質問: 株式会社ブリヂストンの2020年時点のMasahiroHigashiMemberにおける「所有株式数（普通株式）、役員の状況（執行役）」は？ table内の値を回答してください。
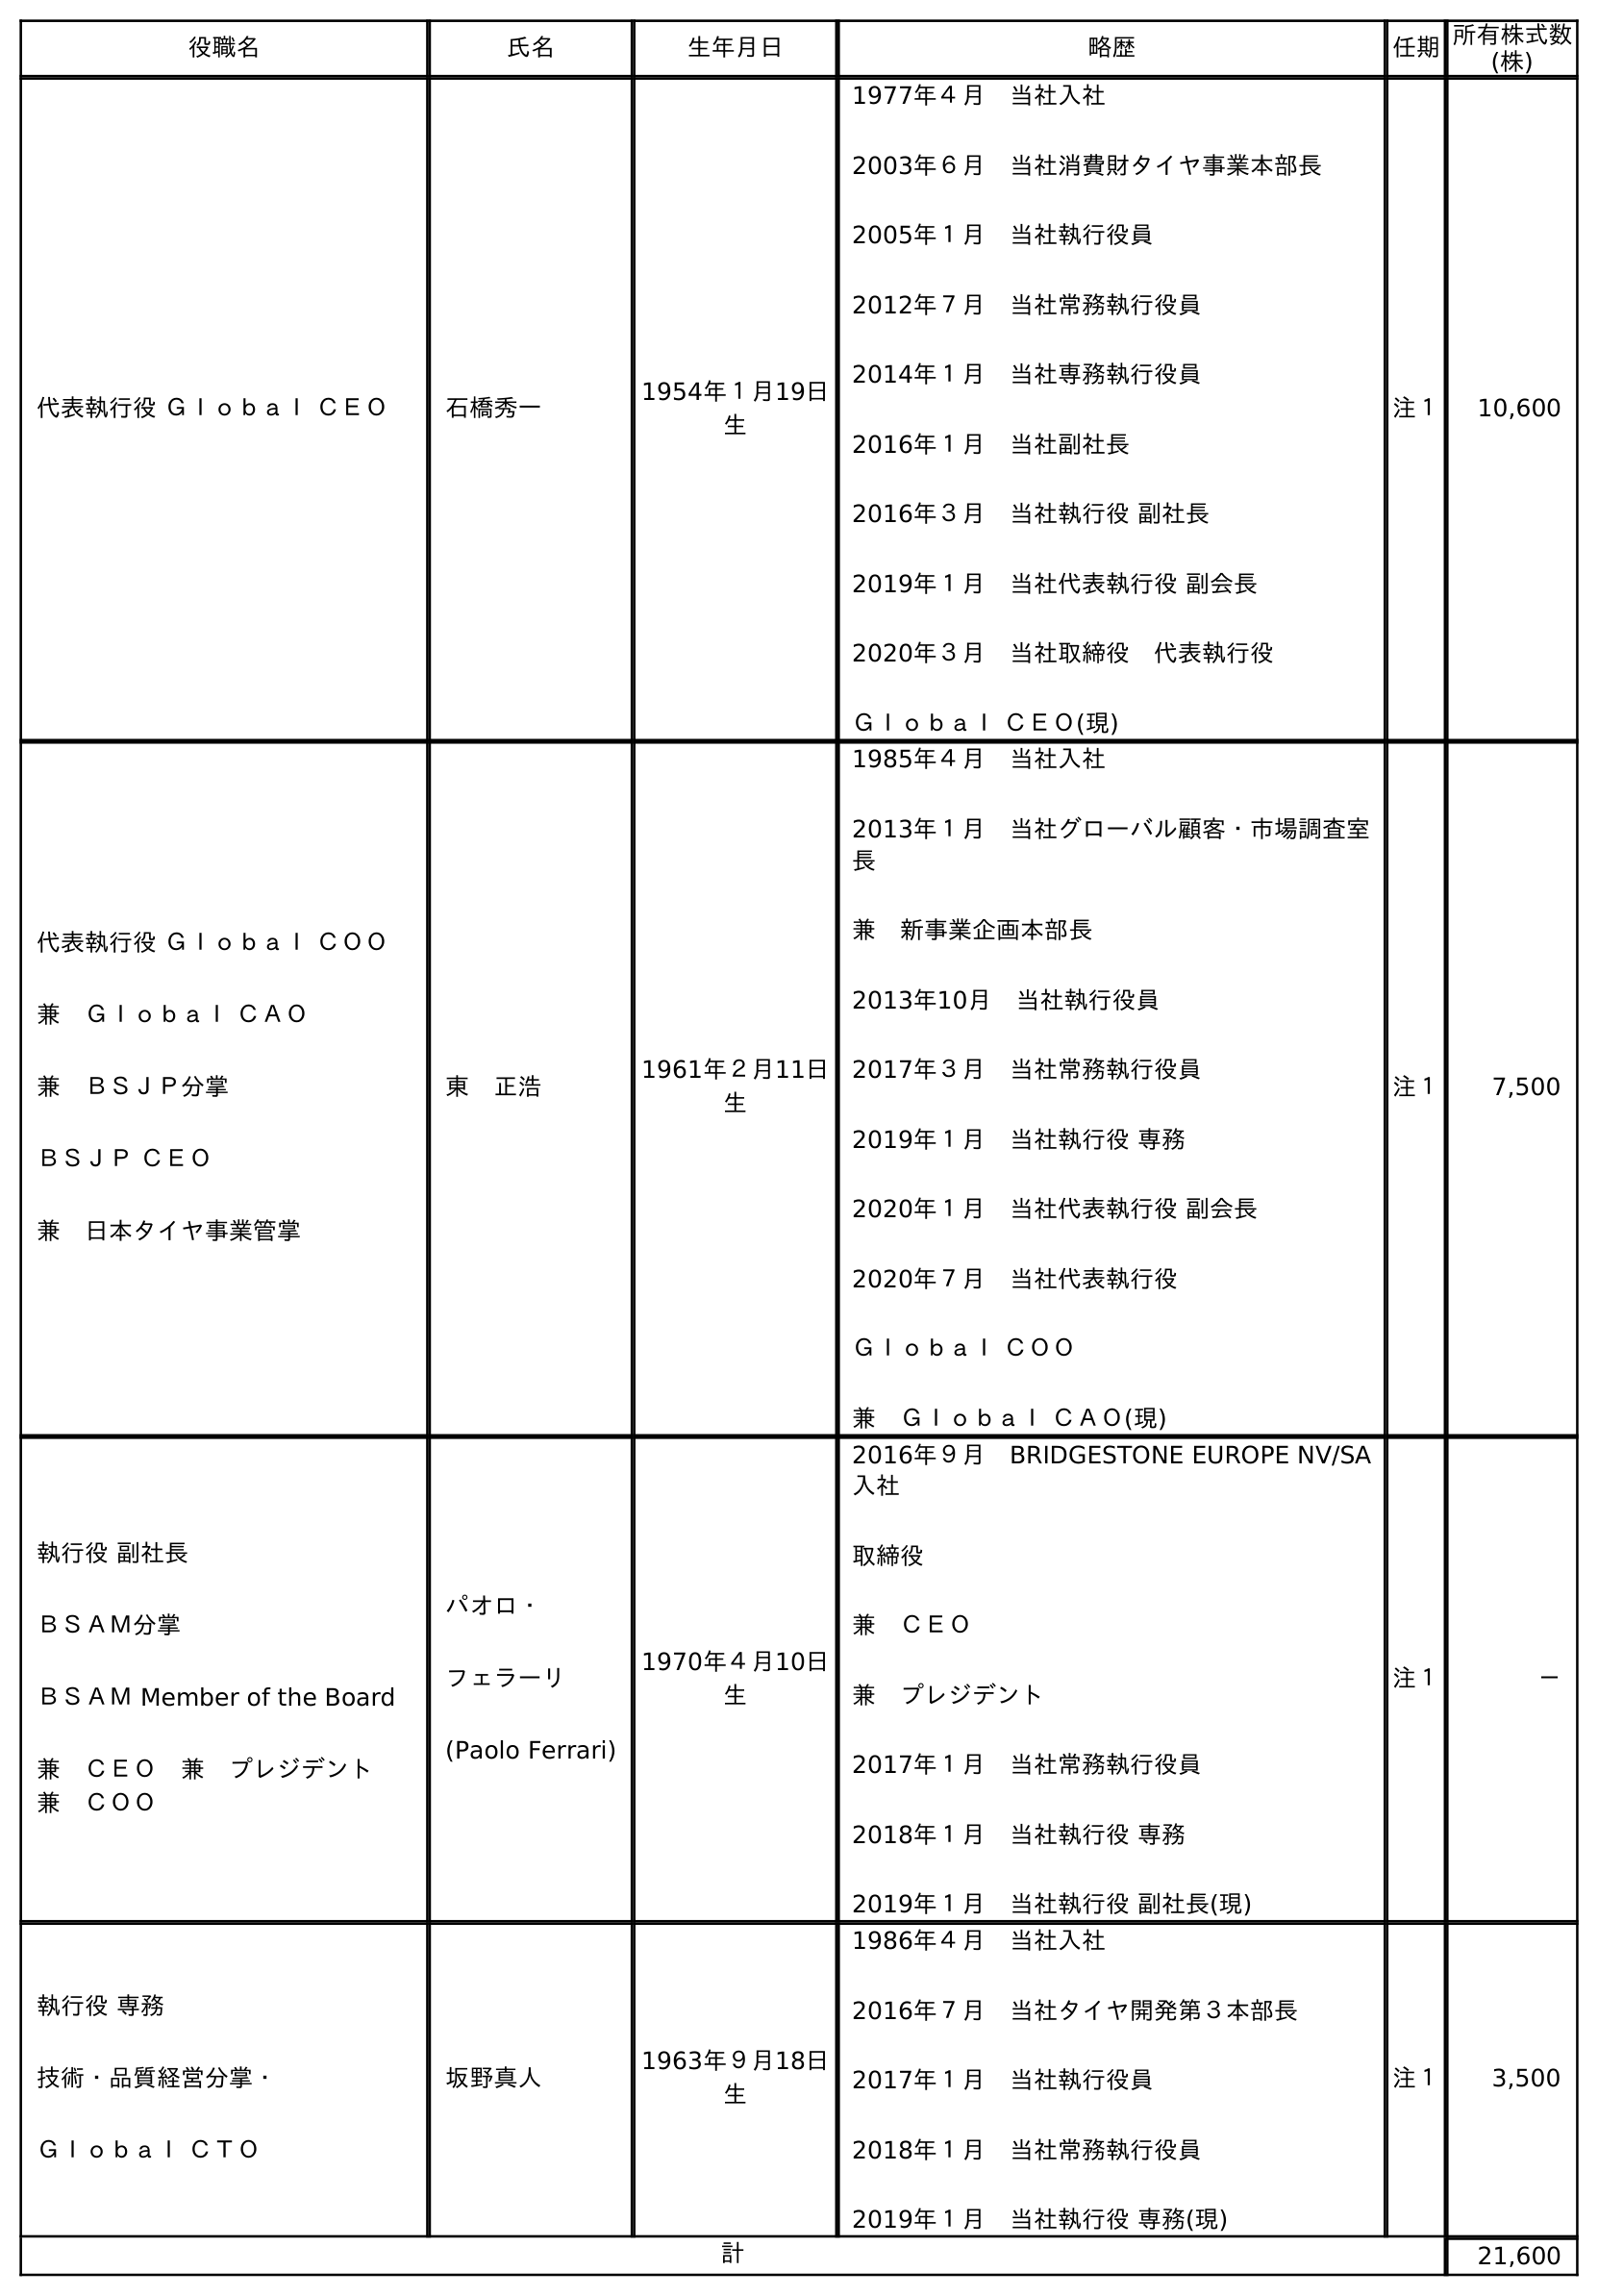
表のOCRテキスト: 役職名 氏名 生年月日 略歴 任期所有株式数 (株) 代表執行役 Ｇｌｏｂａｌ ＣＥＯ 石橋秀一 1954年１月19日 生 1977年４月 当社入社 2003年６月 当社消費財タイヤ事業本部長 2005年１月 当社執行役員 2012年７月 当社常務執行役員 2014年１月 当社専務執行役員 2016年１月 当社副社長 2016年３月 当社執行役 副社長 2019年１月 当社代表執行役 副会長 2020年３月 当社取締役 代表執行役 Ｇｌｏｂａｌ ＣＥＯ(現) 注１ 10,600 代表執行役 Ｇｌｏｂａｌ ＣＯＯ 兼 Ｇｌｏｂａｌ ＣＡＯ 兼 ＢＳＪＰ分掌 ＢＳＪＰ ＣＥＯ 兼 日本タイヤ事業管掌 東 正浩 1961年２月11日 生 1985年４月 当社入社 2013年１月 当社グローバル顧客・市場調査室 長 兼 新事業企画本部長 2013年10月 当社執行役員 2017年３月 当社常務執行役員 2019年１月 当社執行役 専務 2020年１月 当社代表執行役 副会長 2020年７月 当社代表執行役 Ｇｌｏｂａｌ ＣＯＯ 兼 Ｇｌｏｂａｌ ＣＡＯ(現) 注１ 7,500 執行役 副社長 ＢＳＡＭ分掌 ＢＳＡＭ Member of the Board 兼 ＣＥＯ 兼 プレジデント  兼 ＣＯＯ パオロ・ フェラーリ (Paolo Ferrari) 1970年４月10日 生 2016年９月 BRIDGESTONE EUROPE NV/SA 入社 取締役 兼 ＣＥＯ 兼 プレジデント 2017年１月 当社常務執行役員 2018年１月 当社執行役 専務 2019年１月 当社執行役 副社長(現) 注１ － 執行役 専務 技術・品質経営分掌・ Ｇｌｏｂａｌ ＣＴＯ 坂野真人 1963年９月18日 生 1986年４月 当社入社 2016年７月 当社タイヤ開発第３本部長 2017年１月 当社執行役員 2018年１月 当社常務執行役員 2019年１月 当社執行役 専務(現) 注１ 3,500 計 21,600
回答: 7,500